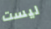
ليست